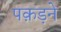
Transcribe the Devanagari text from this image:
पक़ड़ने